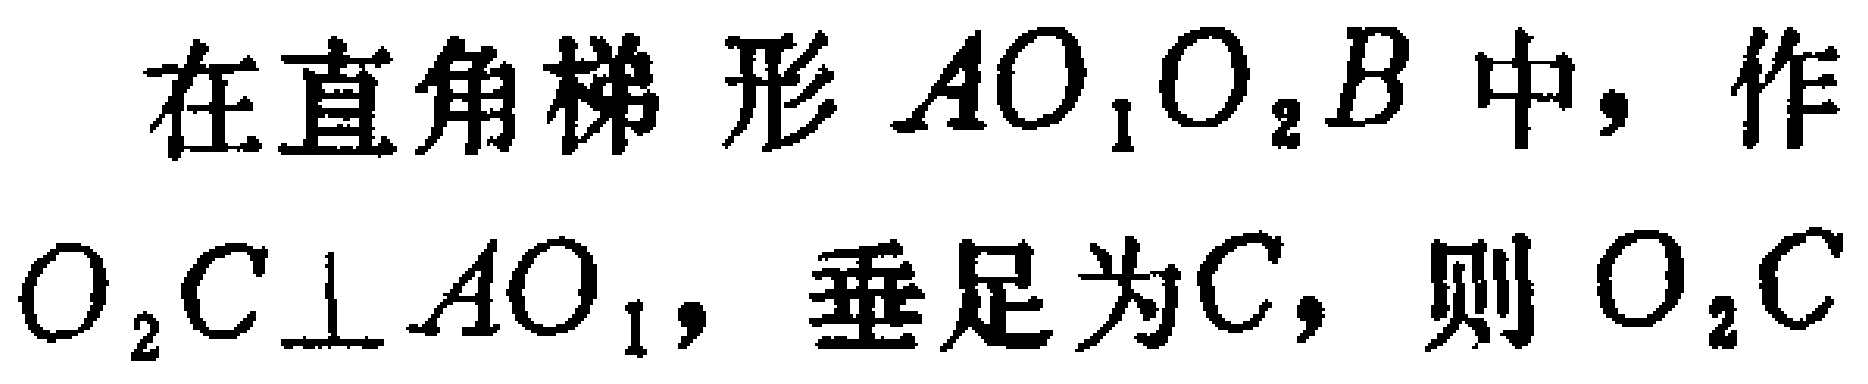
在直角梯形 \(AO_{1}O_{2}B\) 中，作 \(O_{2}C\perp AO_{1}\)，垂足为\(C\)，则 \(O_{2}C\)